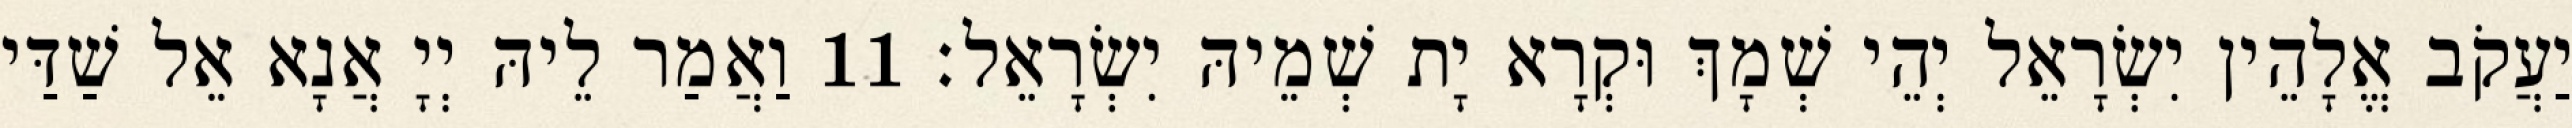
יַעֲקֹב אֱלָהֵין יִשְׂרָאֵל יְהֵי שְׁמָךְ וּקְרָא יָת שְׁמֵיהּ יִשְׂרָאֵל׃ 11 וַאֲמַר לֵיהּ יְיָ אֲנָא אֵל שַׁדַּי